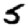
Digit: 5